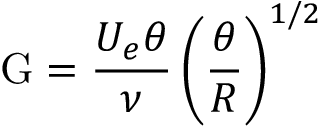
\mathrm { G } = { \frac { U _ { e } \theta } { \nu } } \left( { \frac { \theta } { R } } \right) ^ { 1 / 2 }